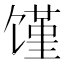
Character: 馑